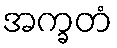
အက္ခတံ